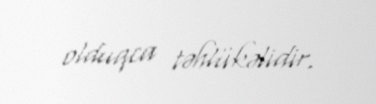
olduqca təhlükəlidir.